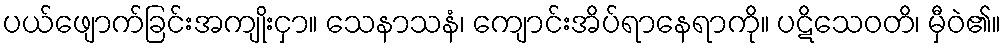
ပယ်ဖျောက်ခြင်းအကျိုးငှာ။ သေနာသနံ၊ ကျောင်းအိပ်ရာနေရာကို။ ပဋိသေဝတိ၊ မှီဝဲ၏။